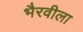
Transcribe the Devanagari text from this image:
भैरवीला